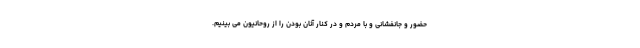
حضور و جانفشانی و با مردم و در کنار آنان بودن را از روحانیون می بینیم.